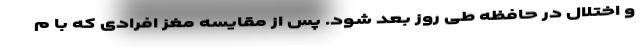
و اختلال در حافظه طی روز بعد شود. پس از مقایسه مغز افرادی که با م